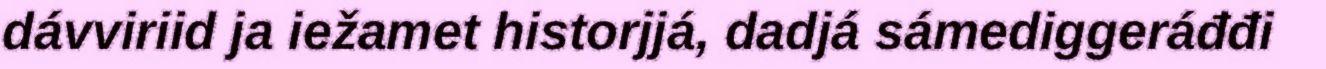
dávviriid ja iežamet historjjá, dadjá sámediggeráđđi